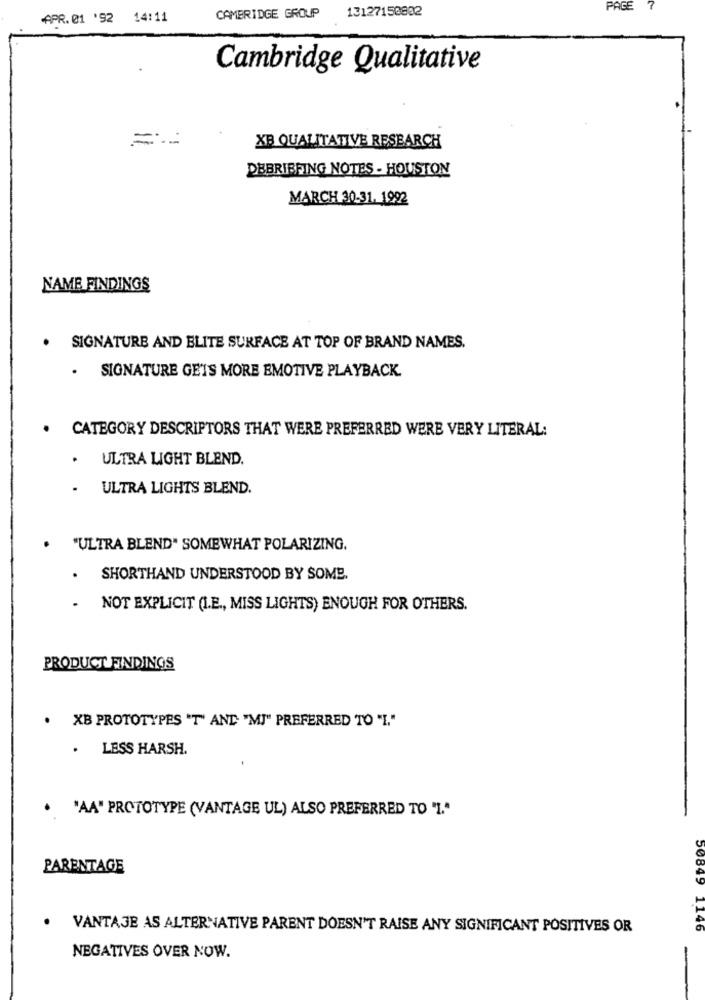
13127150802
PAGE 7
APR. 01 '92 14:11
CAMBRIDGE GROUP
Cambridge Qualitative
XB QUALITATIVE RESEARCH
DEBRIEFING NOTES - HOUSTON
MARCH 30-31. 1992
NAME FINDINGS
.
SIGNATURE AND ELITE SURFACE AT TOP OF BRAND NAMES.
. SIGNATURE GETS MORE EMOTIVE PLAYBACK.
. CATEGORY DESCRIPTORS THAT WERE PREFERRED WERE VERY LITERAL:
.
ULTRA LIGHT BLEND.
.
ULTRA LIGHTS BLEND.
"ULTRA BLEND" SOMEWHAT POLARIZING.
SHORTHAND UNDERSTOOD BY SOME.
NOT EXPLICIT (I.E ., MISS LIGHTS) ENOUGH FOR OTHERS.
PRODUCT FINDINGS
. XB PROTOTYPES "T" AND "MJ" PREFERRED TO "I."
. LESS HARSH.
. "AA" PROTOTYPE (VANTAGE UL) ALSO PREFERRED TO "I."
PARENTAGE
VANTAJE AS ALTERNATIVE PARENT DOESN'T RAISE ANY SIGNIFICANT POSITIVES OR
50849 1146
NEGATIVES OVER NOW.
-